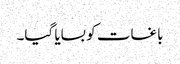
باغات کو بسایا گیا۔